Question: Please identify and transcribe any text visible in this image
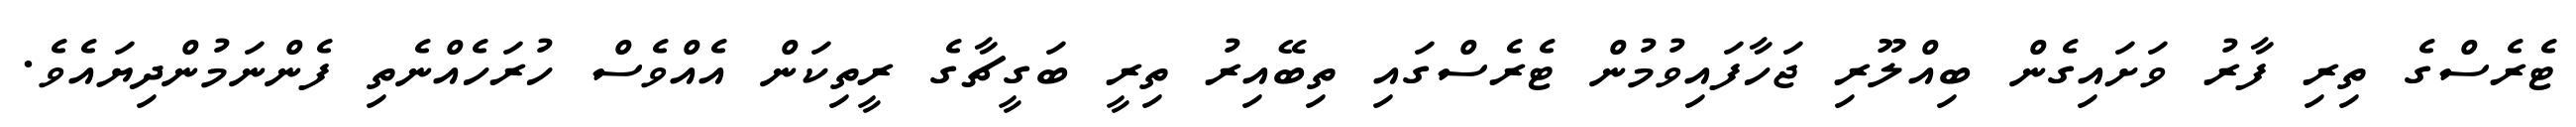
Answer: ޓެރެސްގެ ތިރި ފާރު ވަށައިގެން ބިއްލޫރި ޖަހާފައިވުމުން ޓެރެސްގައި ތިބޭއިރު ތިރީ ބަގީޗާގެ ރީތިކަން އެއްވެސް ހުރަހެއްނެތި ފެންނަމުންދިޔައެވެ.